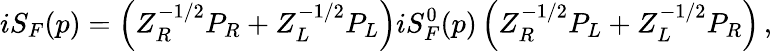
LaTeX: iS_{F}(p)=\left(Z_{R}^{-1/2}P_{R}+Z_{L}^{-1/2}P_{L}\right)iS_{F}^{0}(p)\left(Z_{R}^{-1/2}P_{L}+Z_{L}^{-1/2}P_{R}\right)\, ,